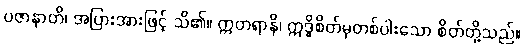
ပဇာနာတိ၊ အပြားအားဖြင့် သိ၏။ ဣတရာနိ၊ ဣဒ္ဓိစိတ်မှတစ်ပါးသော စိတ်တို့သည်။